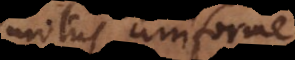
motus uniformes